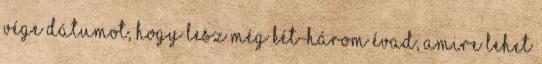
vége dátumot, hogy lesz még két-három évad, amire lehet